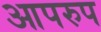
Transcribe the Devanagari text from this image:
आपरुप